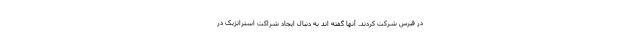
در قبرس شرکت کردند. آنها گفته اند به دنبال ایجاد شراکت استراتژیک در